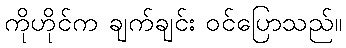
ကိုဟိုင်က ချက်ချင်း ဝင်ပြောသည်။